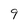
Character: 9